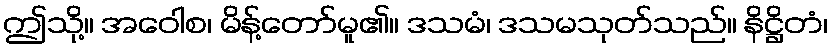
ဤသို့။ အဝေါစ၊ မိန့်တော်မူ၏။ ဒသမံ၊ ဒသမသုတ်သည်။ နိဋ္ဌိတံ၊